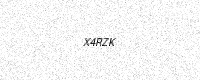
Text: X4RZK